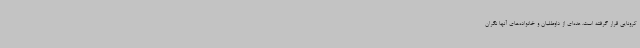
کرونایی قرار گرفته است. عده‌ای از داوطلبان و خانواده‌های آنها نگران